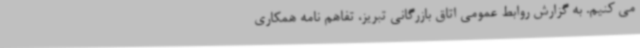
می کنیم. به گزارش روابط عمومی اتاق بازرگانی تبریز، تفاهم نامه همکاری